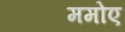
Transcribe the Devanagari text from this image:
ममोए